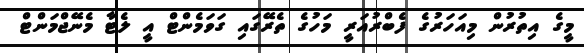
މީގެ އިތުރުން މިއަހަރުގެ ފެބްރުއަރީ މަހުގެ ތެރޭގައި ގަވަމެންޓް އީ ލެޓާ މެނޭޖްމަންޓް